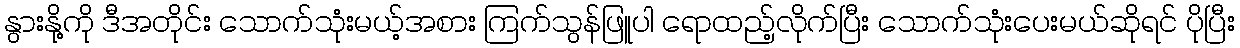
နွားနို့ကို ဒီအတိုင်း သောက်သုံးမယ့်အစား ကြက်သွန်ဖြူပါ ရောထည့်လိုက်ပြီး သောက်သုံးပေးမယ်ဆိုရင် ပိုပြီး